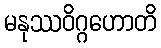
မနုဿဝိဂ္ဂဟောတိ